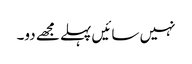
نہیں سائیں پہلے مجھے دو۔